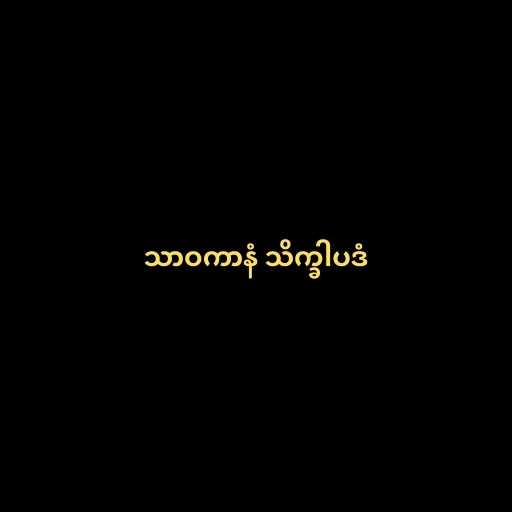
သာဝကာနံ သိက္ခါပဒံ